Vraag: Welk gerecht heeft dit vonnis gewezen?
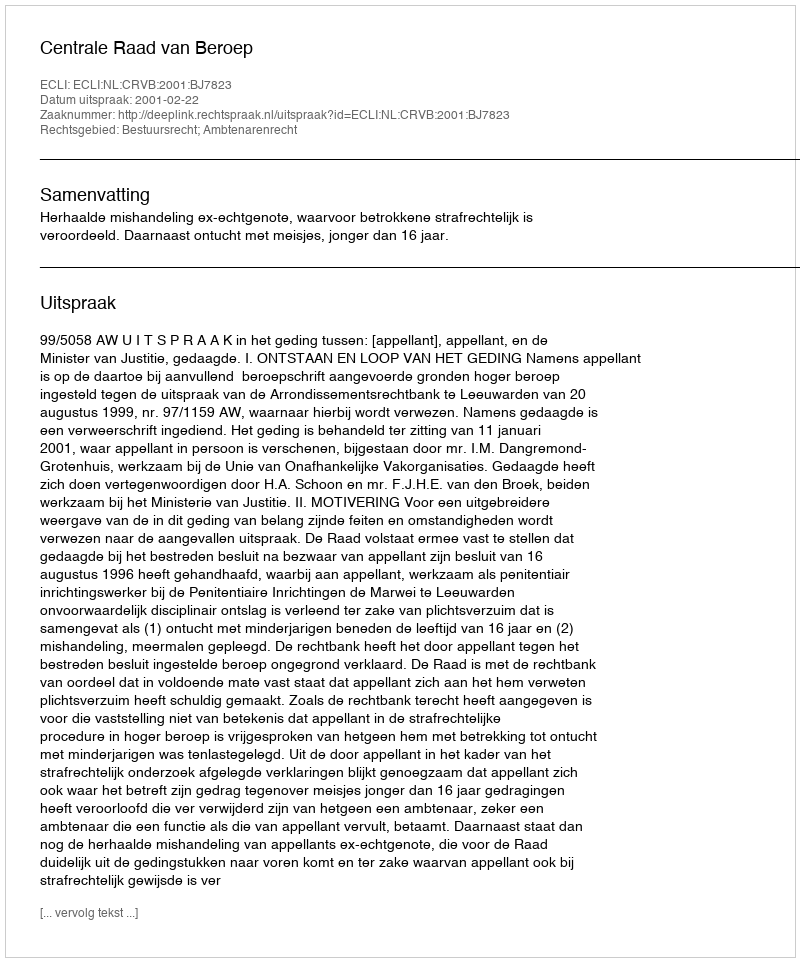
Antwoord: Centrale Raad van Beroep